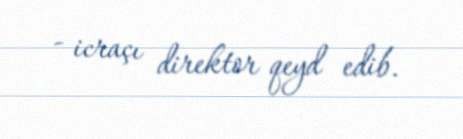
- icraçı direktor qeyd edib.